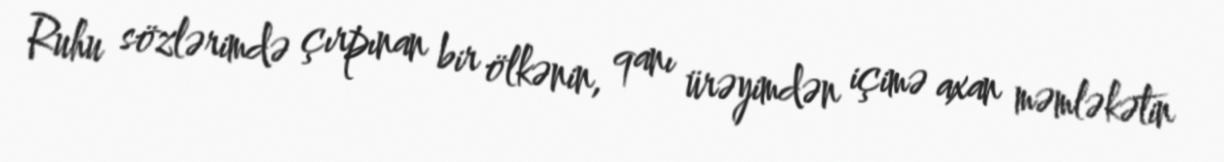
Ruhu sözlərimdə çırpınan bir ölkənin, qanı ürəyimdən içimə axan məmləkətin